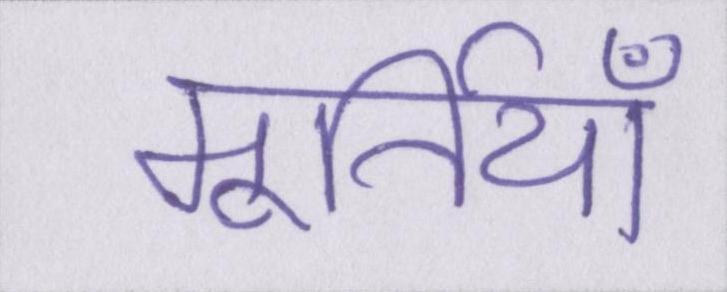
मूर्तियाँ